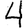
Digit: 4